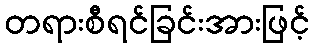
တရားစီရင်ခြင်းအားဖြင့်